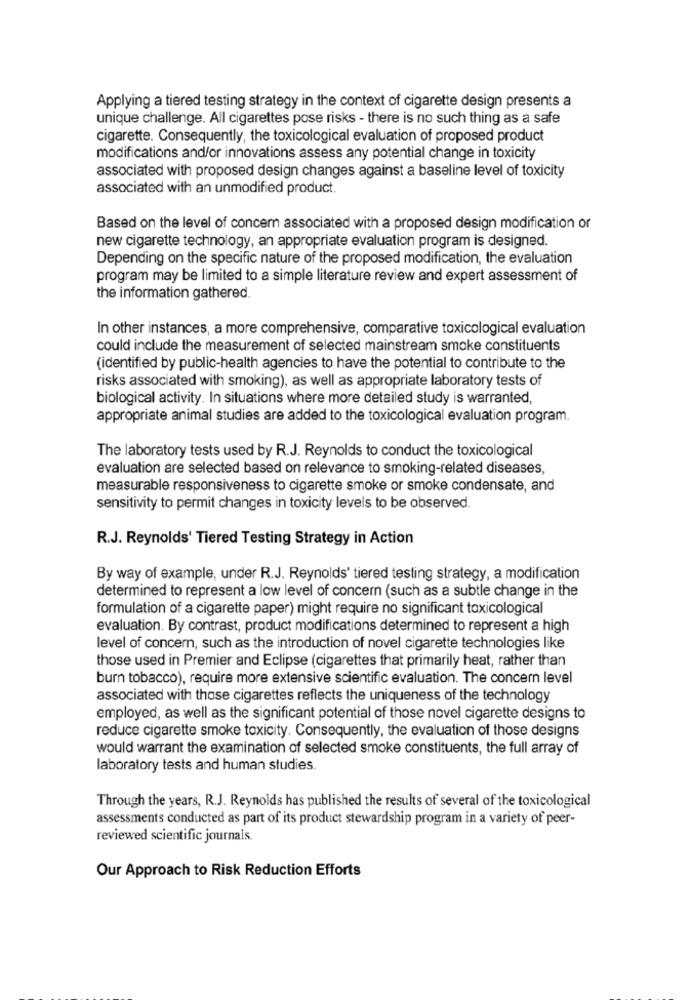
Applying a tiered testing strategy in the context of cigarette design presents a
unique challenge. All cigarettes pose risks - there is no such thing as a safe
cigarette. Consequently, the toxicological evaluation of proposed product
modifications and/or innovations assess any potential change in toxicity
associated with proposed design changes against a baseline level of toxicity
associated with an unmodified product.
Based on the level of concern associated with a proposed design modification or
new cigarette technology, an appropriate evaluation program is designed.
Depending on the specific nature of the proposed modification, the evaluation
program may be limited to a simple literature review and expert assessment of
the information gathered.
In other instances, a more comprehensive, comparative toxicological evaluation
could include the measurement of selected mainstream smoke constituents
(identified by public-health agencies to have the potential to contribute to the
risks associated with smoking), as well as appropriate laboratory tests of
biological activity. In situations where more detailed study is warranted,
appropriate animal studies are added to the toxicological evaluation program.
The laboratory tests used by R.J. Reynolds to conduct the toxicological
evaluation are selected based on relevance to smoking-related diseases,
measurable responsiveness to cigarette smoke or smoke condensate, and
sensitivity to permit changes in toxicity levels to be observed.
R.J. Reynolds' Tiered Testing Strategy in Action
By way of example, under R.J. Reynolds' tiered testing strategy, a modification
determined to represent a low level of concern (such as a subtle change in the
formulation of a cigarette paper) might require no significant toxicological
evaluation. By contrast, product modifications determined to represent a high
level of concern, such as the introduction of novel cigarette technologies like
those used in Premier and Eclipse (cigarettes that primarily heat, rather than
burn tobacco), require more extensive scientific evaluation. The concern level
associated with those cigarettes reflects the uniqueness of the technology
employed, as well as the significant potential of those novel cigarette designs to
reduce cigarette smoke toxicity. Consequently, the evaluation of those designs
would warrant the examination of selected smoke constituents, the full array of
laboratory tests and human studies.
Through the years, R.J. Reynolds has published the results of several of the toxicological
assessments conducted as part of its product stewardship program in a variety of peer-
reviewed scientific journals.
Our Approach to Risk Reduction Efforts